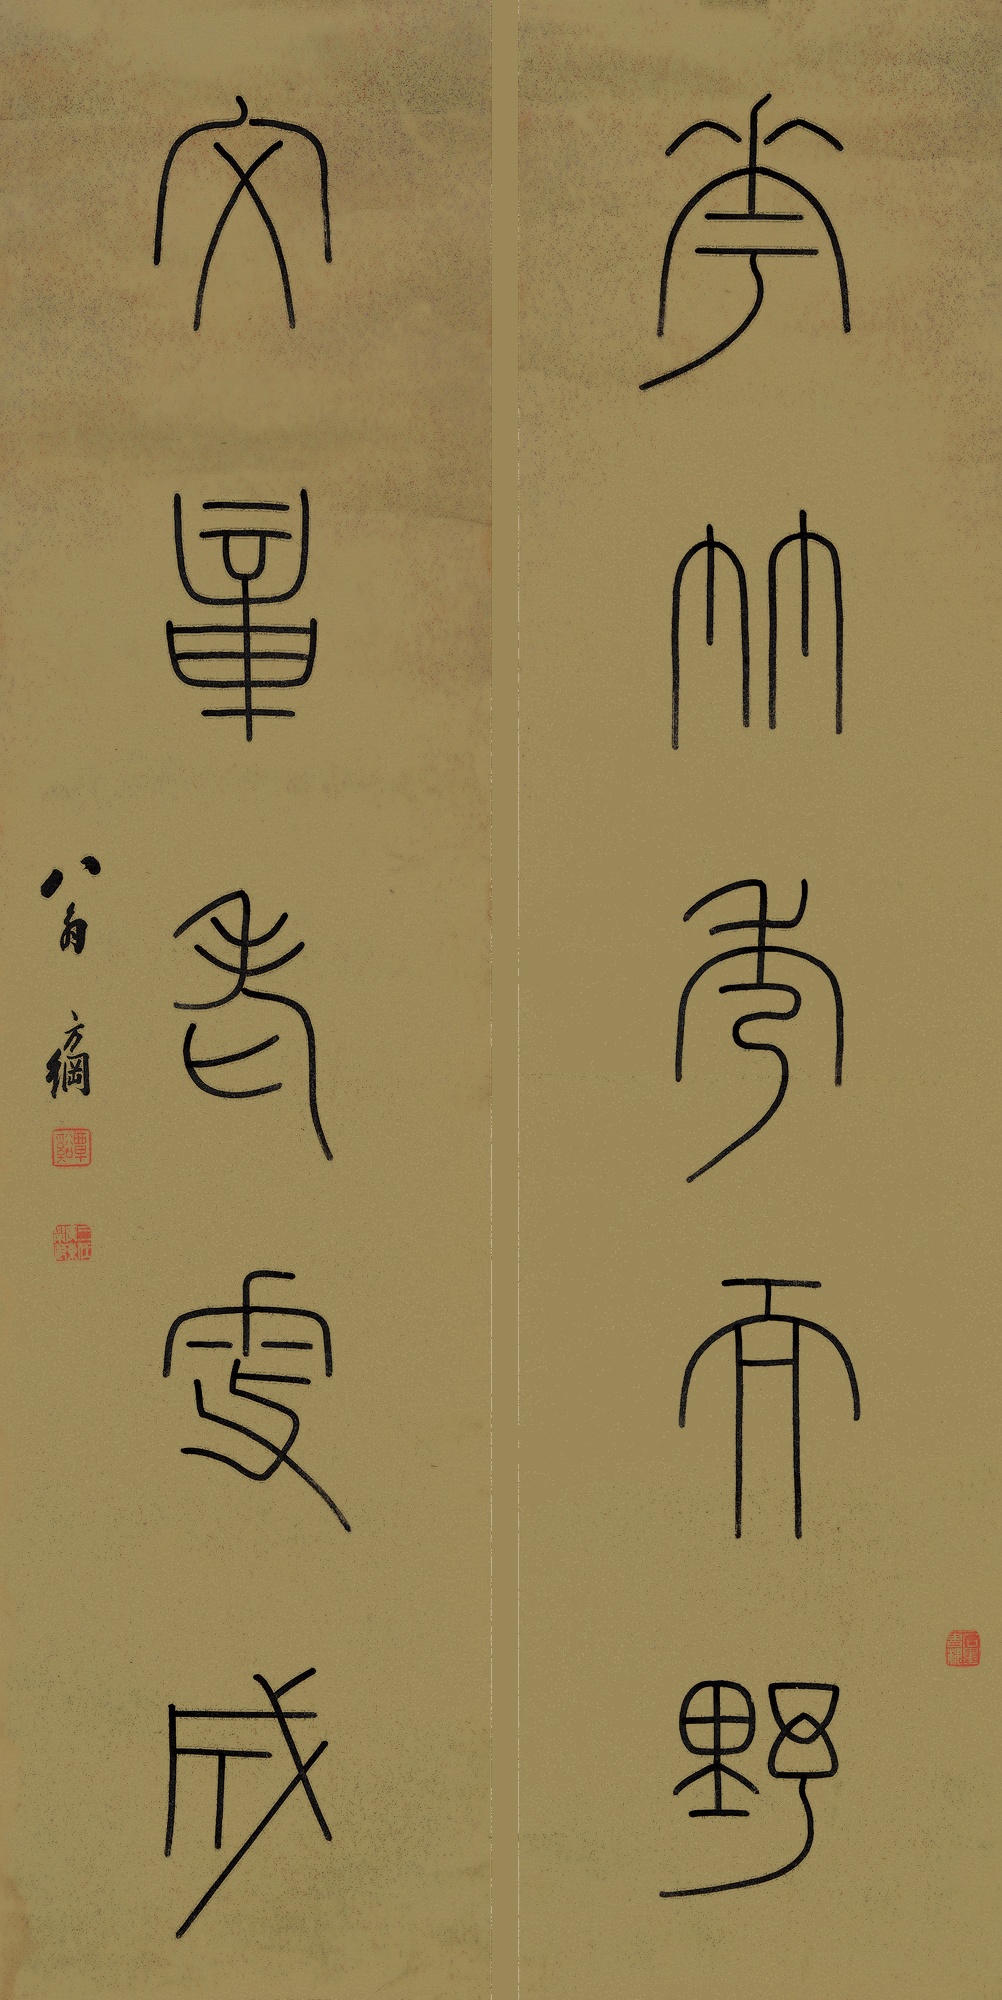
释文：花竹秀而野，文章老更成。翁方纲。